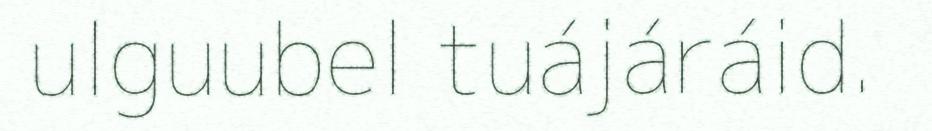
ulguubel tuájáráid.